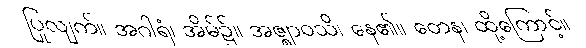
ပြုလျက်။ အဂါရံ၊ အိမ်၌။ အဇ္ဈာဝသိ၊ နေ၏။ တေန၊ ထို့ကြောင့်။